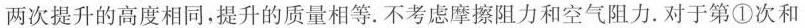
两次提升的高度相同，提升的质量相等。不考虑摩擦阻力和空气阻力。对于第①次和